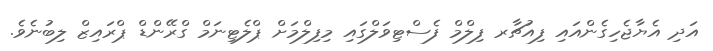
އަދި އެޔާޖެހިގެންއައި ފިއުޗާރ ފިލްމް ފެސްޓިވަލްގައި މިފިލްމަށް ޕްލެޓިނަމް ގްރޭންޑް ޕްރައިޒް ލިބުނެވެ.